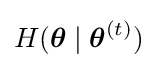
H({\boldsymbol {\theta }}\mid {\boldsymbol {\theta }}^{(t)})